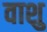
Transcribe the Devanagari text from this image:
वाशु